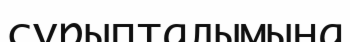
сұрыпталымына